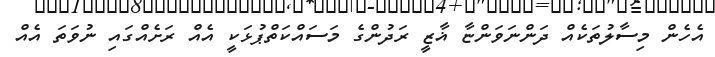
އެހެން މިސާލުތަކެއް ދަންނަވަންޏާ ޣާޒީ ރަދުންގެ މަސައްކަތްޕުޅަކީ އެއް ރަށެއްގައި ނުވަތަ އެއް